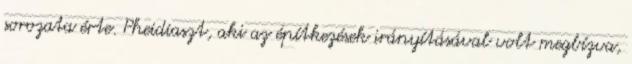
sorozata érte. Pheidiaszt, aki az építkezések irányításával volt megbízva,